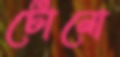
টোনো